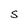
Character: S